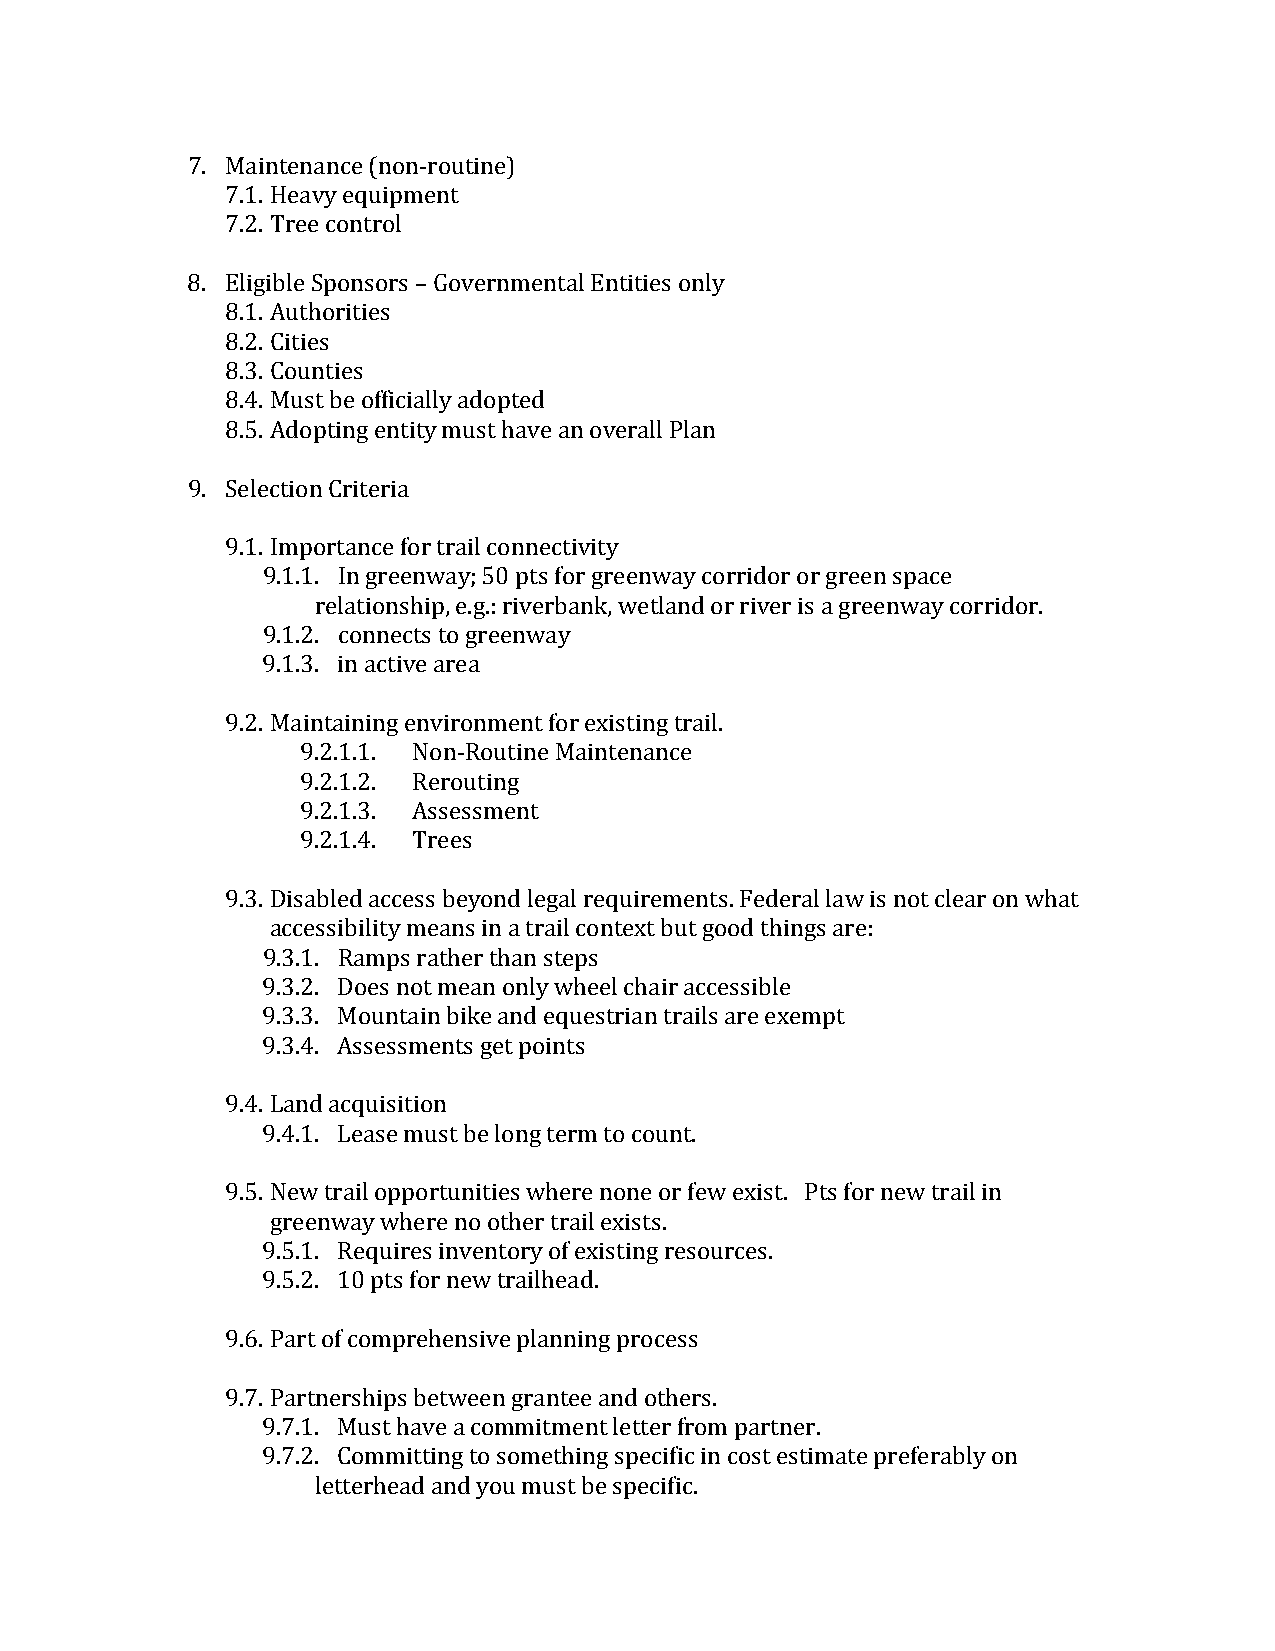
7. Mai ntenance (non-routine)
 7.1. Heavy equipment
 7.2. Tree control
 8. Elig ible Sponsors – Governmental Entities only
 8.1. Authorities
 8.2. Cities
 8.3. Counties
 8.4. Must be officially adopted
 8.5. Adopting entity must have an overall Plan
 9. Sele ction Criteria
 9.1. Importance for trail connectivity
 9.1.1. In greenway; 50 pts for greenway corridor or green space
 r elationship, e.g.: riverbank, wetland or river is a greenway corridor.
 9.1.2. connects to greenway
 9 .1.3. in active area
 9.2. Maintainin g environment for existing trail.
 9.2.1.1. Non-Routine Maintenance
 9.2.1.2. Rerouting
 9.2.1.3. Assessment
 9.2.1.4. Trees
 9.3. Disab led access beyond legal requirements. Federal law is not clear on what
 acces sibility means in a trail context but good things are:
 9.3.1. Ramps rather than steps
 9.3.2. Does not mean only wheel chair accessible
 9.3.3. Mountain bike and equestrian trails are exempt
 9 .3.4. Assessments get points
 9.4. Land acquisition
 9 .4.1. Lease must be long term to count.
 9.5. New trail opportunities where none or few exist. Pts for new trail in
 green way where no other trail exists.
 9.5.1. Requires inventory of existing resources.
 9 .5.2. 10 pts for new trailhead.
 9.6. Part of comprehensive planning process
 9.7. Partn erships between grantee and others.
 9.7.1. Must have a commitment letter from partner.
 9.7.2. Committing to something specific in cost estimate preferably on
 letterhead and you must be specific.